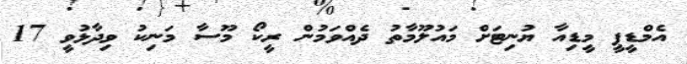
އެމްޑީޕީ މީޑިއާ ޔުނިޓަށް މައުލޫމާތު ދެއްވަމުން ރީކޯ މޫސާ މަނިކު ވިދާޅުވީ 17